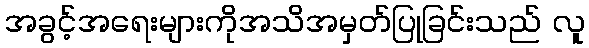
အခွင့်အရေးများကိုအသိအမှတ်ပြုခြင်းသည် လူ